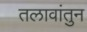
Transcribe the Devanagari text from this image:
तलावांतुन